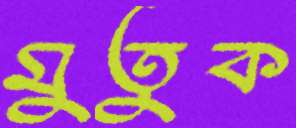
মুতুক